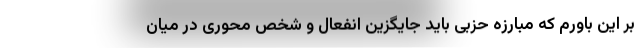
بر این باورم که مبارزه حزبی باید جایگزین انفعال و شخص محوری در میان